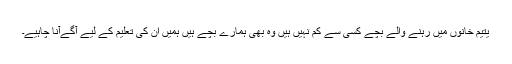
یتیم خانوں میں رہنے والے بچے کسی سے کم نہیں ہیں وہ بھی ہمارے بچے ہیں ہمیں ان کی تعلیم کے لیے آگےآنا چاہیے۔